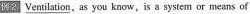
例2 \underline{ventilation}, as yeu know, is a system or means of